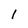
Character: l